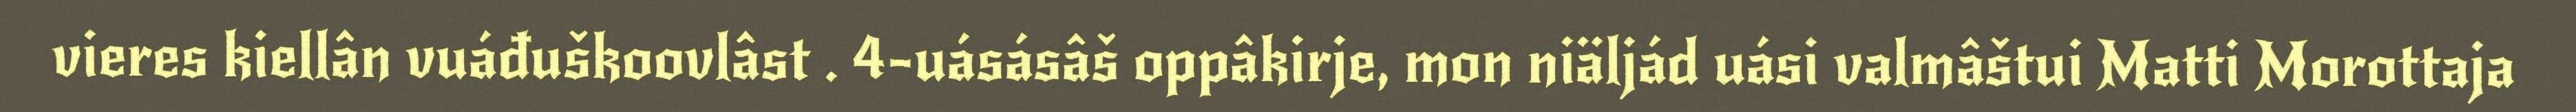
vieres kiellân vuáđuškoovlâst . 4-uásásâš oppâkirje, mon niäljád uási valmâštui Matti Morottaja